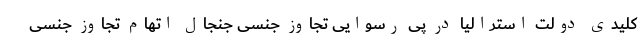
کلیدی دولت استرالیا در پی رسوایی تجاوز جنسی جنجال اتهام تجاوز جنسی